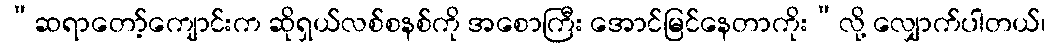
“ဆရာတော့်ကျောင်းက ဆိုရှယ်လစ်စနစ်ကို အစောကြီး အောင်မြင်နေတာကိုး”လို့ လျှောက်ပါတယ်၊